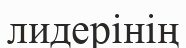
лидерінің